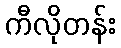
ကီလိုတန်း